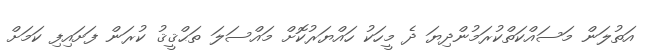
އަތުލަން މަސައްކަތްކުރަމުންދިޔަ ދެ މީހަކު ހައްޔަރުކޮށް މައްސަލަ ތަޙްޤީޤު ކުރަން ފަށައިފި ކަމަށް